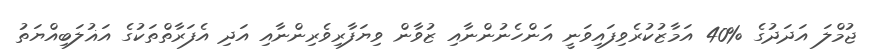
ޖުމްލަ އަދަދުގެ %40 އަމާޒުކުރެވިފައިވަނީ އަންހެނުންނާއި ޒުވާން ވިޔަފާރިވެރިންނާއި އަދި އެފަރާތްތަކުގެ އަޣުލަބިއްޔަތު